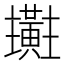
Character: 𪏜